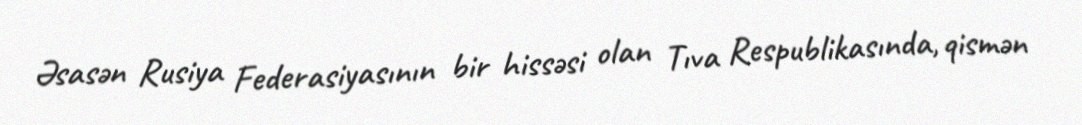
Əsasən Rusiya Federasiyasının bir hissəsi olan Tıva Respublikasında, qismən